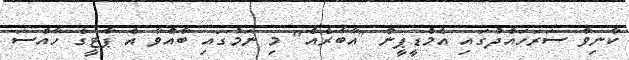
ކާނިވާ ސަރަހައްދުގައި އެމްޑީޕީން "އާބާރެއް" މި ނަމުގައި ބާއްވާ އެ ޕާޓީގެ ހާއްސަ